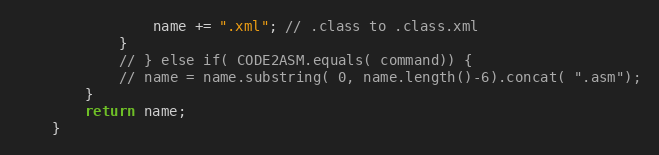
Language: Java
                name += ".xml"; // .class to .class.xml
            }
            // } else if( CODE2ASM.equals( command)) {
            // name = name.substring( 0, name.length()-6).concat( ".asm");
        }
        return name;
    }